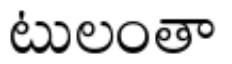
టులంతా